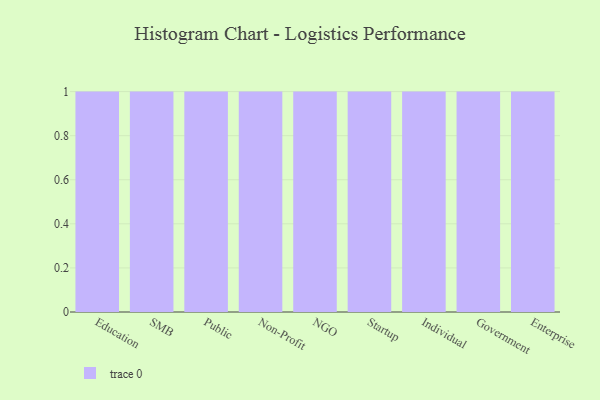
{"axis": {"x": "Segment", "y": "Temperature (°C)"}, "legend": [""], "data": [{"x": "Education", "y": 54, "type": ""}, {"x": "SMB", "y": 37, "type": ""}, {"x": "Public", "y": 62, "type": ""}, {"x": "Non-Profit", "y": 88, "type": ""}, {"x": "NGO", "y": 89, "type": ""}, {"x": "Startup", "y": 57, "type": ""}, {"x": "Individual", "y": 94, "type": ""}, {"x": "Government", "y": 47, "type": ""}, {"x": "Enterprise", "y": 95, "type": ""}]}